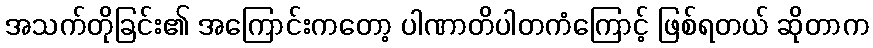
အသက်တိုခြင်း၏ အကြောင်းကတော့ ပါဏာတိပါတကံကြောင့် ဖြစ်ရတယ် ဆိုတာက